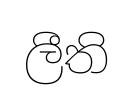
ලීති